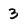
Character: 3